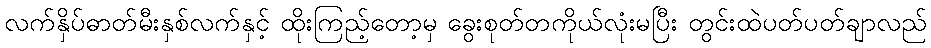
လက်နှိပ်ဓာတ်မီးနှစ်လက်နှင့် ထိုးကြည့်တော့မှ ခွေးစုတ်တကိုယ်လုံးမပြီး တွင်းထဲပတ်ပတ်ချာလည်